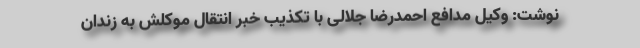
نوشت: وکیل مدافع احمدرضا جلالی با تکذیب خبر انتقال موکلش به زندان